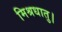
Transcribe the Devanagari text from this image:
मिश्रधातु।